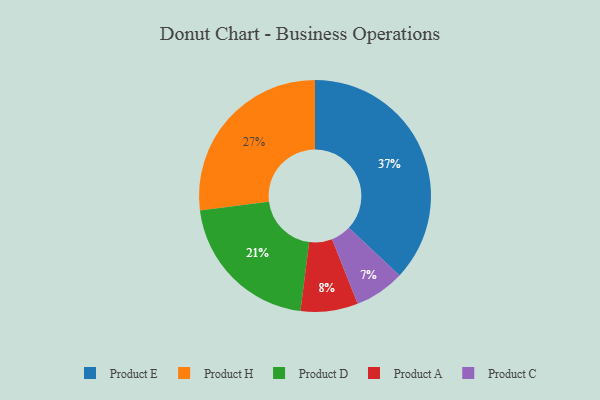
{"axis": {"x": "Category", "y": "Percentage"}, "legend": ["Product A", "Product C", "Product D", "Product E", "Product H"], "data": [{"x": "Product D", "y": 21, "type": "Product D"}, {"x": "Product A", "y": 8, "type": "Product A"}, {"x": "Product H", "y": 27, "type": "Product H"}, {"x": "Product E", "y": 37, "type": "Product E"}, {"x": "Product C", "y": 7, "type": "Product C"}]}